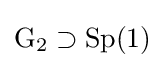
\operatorname {G} _{2}\supset \operatorname {Sp} (1)